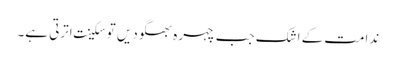
ندامت کے اشک جب چہرہ بھگودیں توسکینت اترتی ہے۔